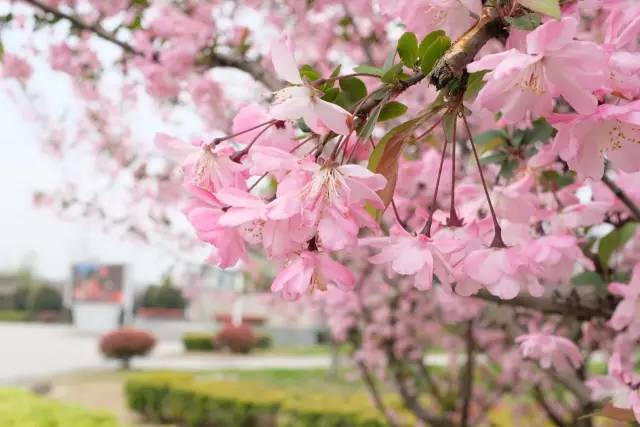
有桃花红，李花白，菜花黄。